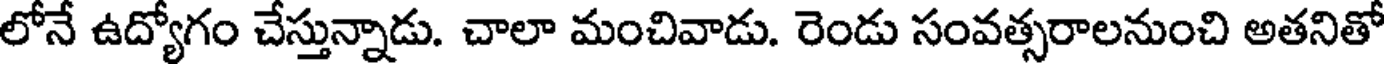
లోనే ఉద్యోగం చేస్తున్నాడు. చాలా మంచివాడు. రెండు సంవత్సరాలనుంచి అతనితో